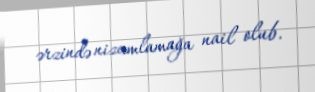
ərzində nizamlamağa nail olub.